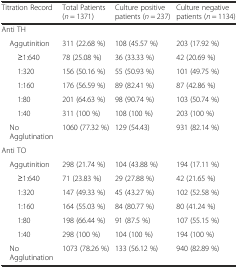
<table><thead><tr><td><b>Titration Record</b></td><td><b>Total Patients (<i>n</i> = 1371)</b></td><td><b>Culture positive patients (<i>n</i> = 237)</b></td><td><b>Culture negative patients (<i>n</i> = 1134)</b></td></tr></thead><tbody><tr><td>Anti TH</td><td></td><td></td><td></td></tr><tr><td> Aggutinition</td><td>311 (22.68 %)</td><td>108 (45.57 %)</td><td>203 (17.92 %)</td></tr><tr><td>≥1:640</td><td>78 (25.08 %)</td><td>36 (33.33 %)</td><td>42 (20.69 %)</td></tr><tr><td>1:320</td><td>156 (50.16 %)</td><td>55 (50.93 %)</td><td>101 (49.75 %)</td></tr><tr><td>1:160</td><td>176 (56.59 %)</td><td>89 (82.41 %)</td><td>87 (42.86 %)</td></tr><tr><td>1:80</td><td>201 (64.63 %)</td><td>98 (90.74 %)</td><td>103 (50.74 %)</td></tr><tr><td>1:40</td><td>311 (100 %)</td><td>108 (100 %)</td><td>203 (100 %)</td></tr><tr><td> No Agglutination</td><td>1060 (77.32 %)</td><td>129 (54.43)</td><td>931 (82.14 %)</td></tr><tr><td>Anti TO</td><td></td><td></td><td></td></tr><tr><td> Aggutinition</td><td>298 (21.74 %)</td><td>104 (43.88 %)</td><td>194 (17.11 %)</td></tr><tr><td>≥1:640</td><td>71 (23.83 %)</td><td>29 (27.88 %)</td><td>42 (21.65 %)</td></tr><tr><td>1:320</td><td>147 (49.33 %)</td><td>45 (43.27 %)</td><td>102 (52.58 %)</td></tr><tr><td>1:160</td><td>164 (55.03 %)</td><td>84 (80.77 %)</td><td>80 (41.24 %)</td></tr><tr><td>1:80</td><td>198 (66.44 %)</td><td>91 (87.5 %)</td><td>107 (55.15 %)</td></tr><tr><td>1:40</td><td>298 (100 %)</td><td>104 (100 %)</td><td>194 (100 %)</td></tr><tr><td> No Agglutination</td><td>1073 (78.26 %)</td><td>133 (56.12 %)</td><td>940 (82.89 %)</td></tr></tbody></table>